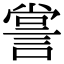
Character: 𧨲